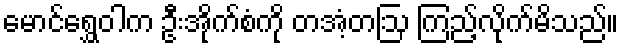
မောင်ရွှေဝါက ဦးအိုက်စံကို တအံ့တဩ ကြည့်လိုက်မိသည်။